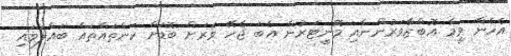
އެހެން ވީމާ އޮބްޒާވަރުންނާއި މޮނީޓަރުން އެބަ ޖެހޭ ވަރަށް ބޮޑަށް ކަންތައްތައް ބައްލަވައި